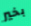
بخير